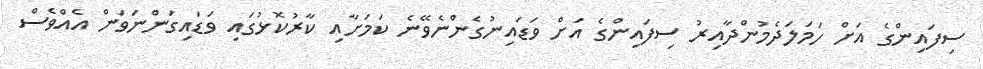
ސިފައިންގެ އަށް ހަމަލަދެމުންދާއިރު ސިފައިންގެ އަށް ވަޑައިނުގެންނެވޭނެ ކަމަށާއި ކާރުކޮޅުގައި ވަޑައިގަންނަވަން އެއްވެސް